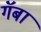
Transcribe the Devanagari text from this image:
गॅबा